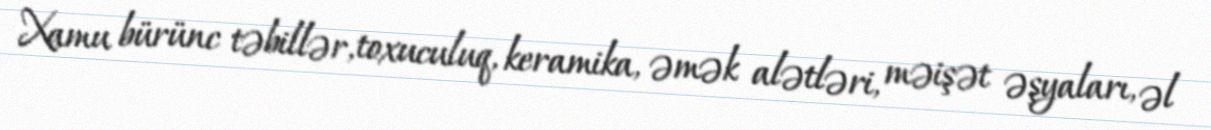
Xamu bürünc təbillər, toxuculuq, keramika, əmək alətləri, məişət əşyaları, əl